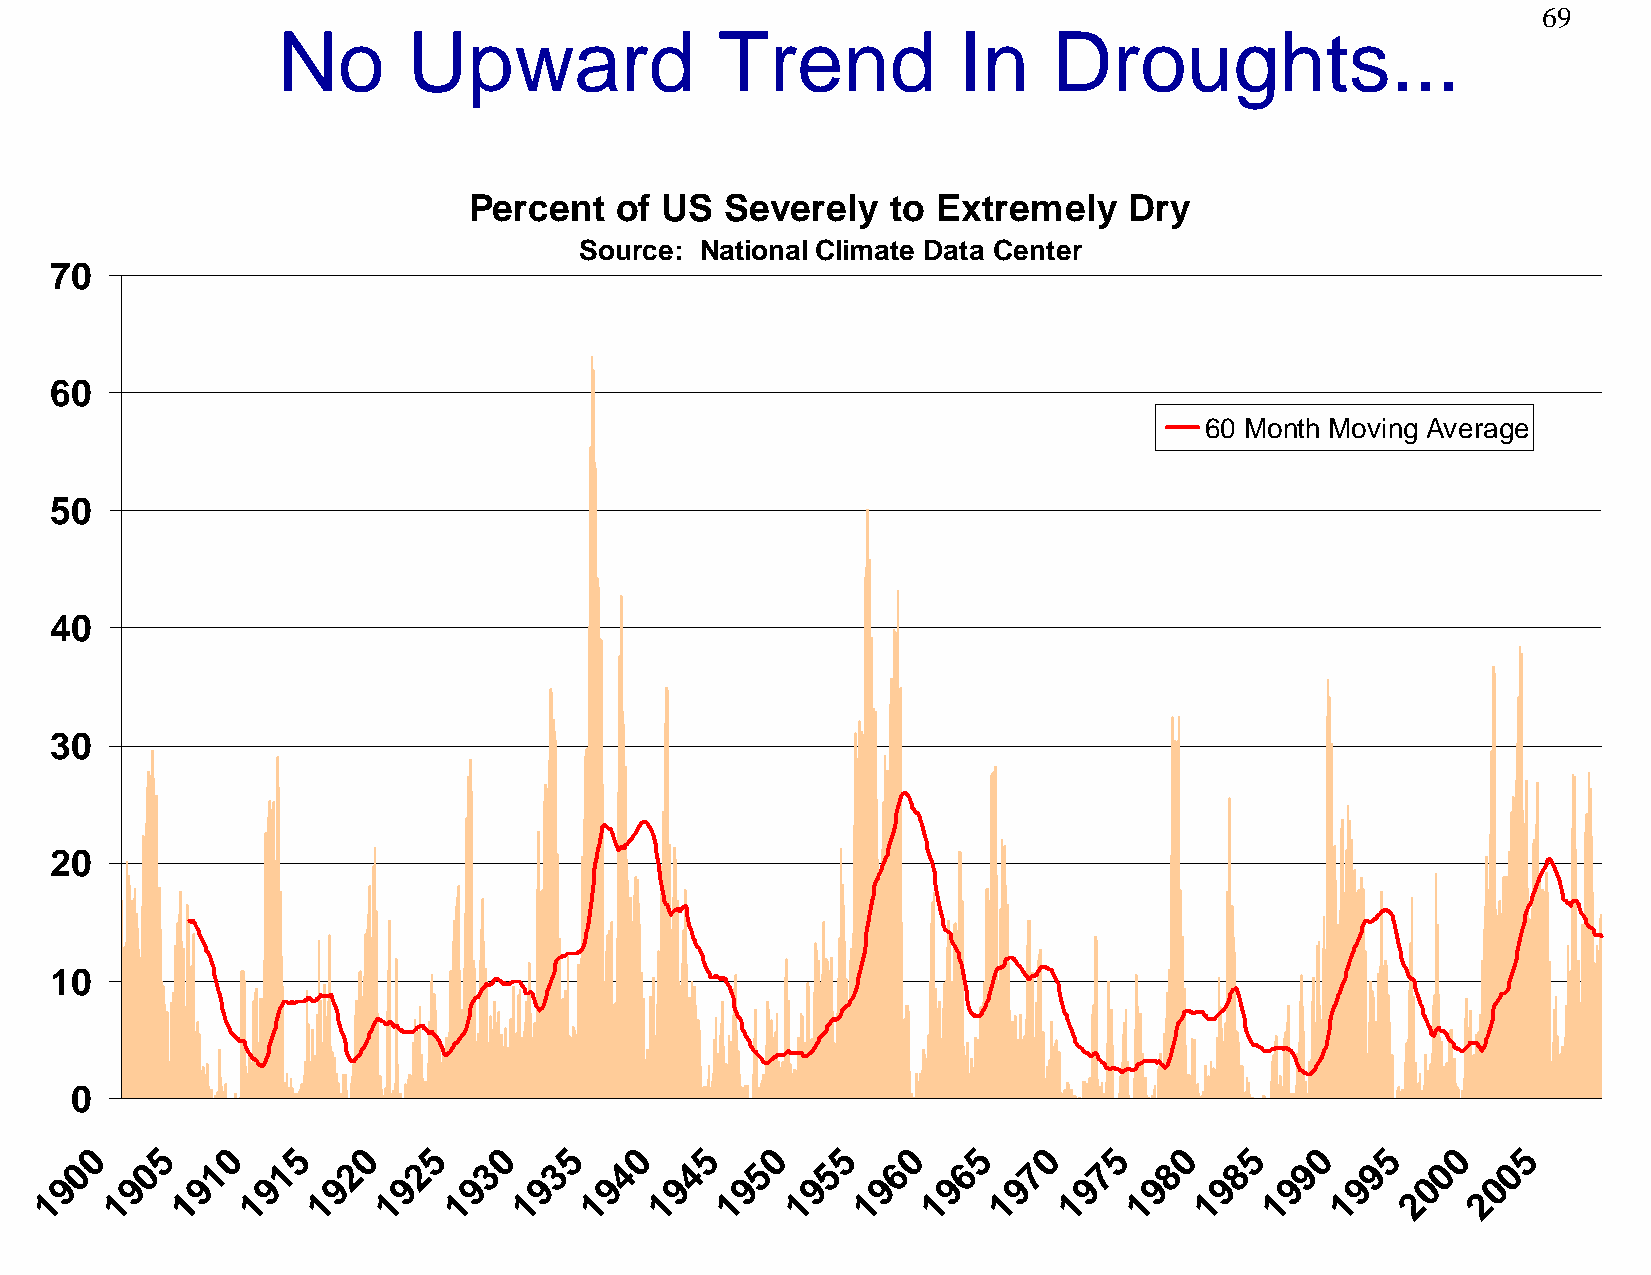
69
 No       Upward               Trend          In     Droughts...
 Percent   of US  Severely   to Extremely    Dry
 Source: National Climate Data Center
 70
 60
 60 Month Moving Average
 50
 40
 30
 20
 10
 0
 0   5    0   5    0   5    0   5    0   5    0   5    0   5    0   5    0   5    0   5    0    5
 0   0    1   1    2   2    3   3    4   4    5   5    6   6    7   7    8   8    9   9    0    0
 9   9    9   9    9   9    9   9    9   9    9   9    9   9    9    9   9    9   9    9   0    0
 1   1    1   1    1   1    1   1    1   1    1   1    1   1    1    1   1    1   1    1   2    2